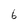
Character: 6